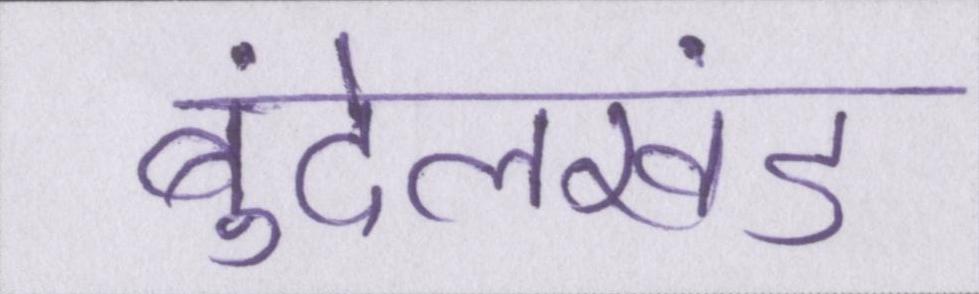
बुंदेलखंड